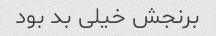
برنجش خیلی بد بود